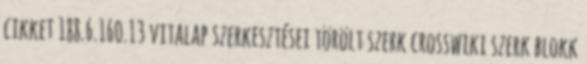
cikket 188.6.160.13 vitalap szerkesztései törölt szerk crosswiki szerk blokk